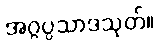
အဂ္ဂပ္ပသာဒသုတ်။